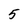
Character: 5